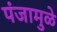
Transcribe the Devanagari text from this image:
पंजामुळे